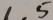
1 . 5